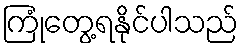
ကြုံတွေ့ရနိုင်ပါသည်